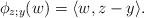
LaTeX: \begin{gather*}\phi_{z;y}(w)=\langle w, z-y\rangle.\end{gather*}